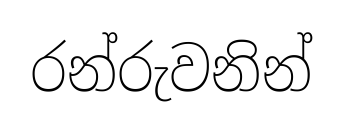
රන්රුවනින්